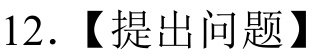
12. 【提出问题】